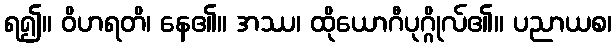
ရ၍။ ဝိဟရတိ၊ နေ၏။ အဿ၊ ထိုယောဂီပုဂ္ဂိုလ်၏။ ပညာယစ၊